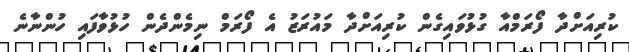
ކުރިއަށްދާ ފޯރަމްއާ ގުޅުވައިގެން ކުރިއަށްދާ މައުރަޒު އެ ފޯރަމް ނިމެންދެން ހުޅުވާފައި ހުންނާނެ